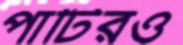
পার্টিরও